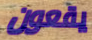
يقعون